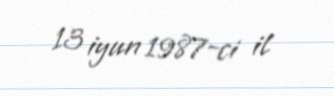
13 iyun 1987-ci il